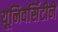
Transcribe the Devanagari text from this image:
यूनिवर्सिटीने